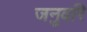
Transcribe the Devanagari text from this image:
जनुवरि